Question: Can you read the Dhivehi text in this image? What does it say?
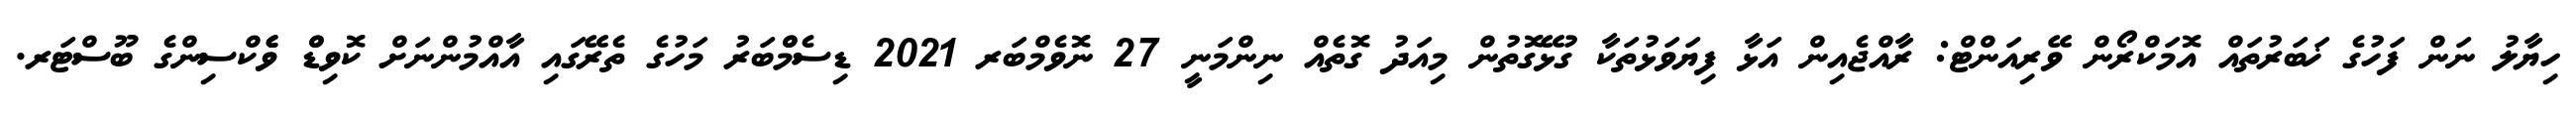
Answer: ހިޔާލު ނަން ފަހުގެ ޚަބަރުތައް އޮމަކްރޯން ވޭރިއަންޓް: ރާއްޖެއިން އަޅާ ފިޔަވަޅުތަކާ ގުޅޭގޮތުން މިއަދު ގޮތެއް ނިންމަނީ 27 ނޮވެމްބަރ 2021 ޑިސެމްްބަރު މަހުގެ ތެރޭގައި އާއްމުންނަށް ކޮވިޑްް ވެެކްސިންގެ ބޫސްޓަރ.